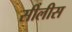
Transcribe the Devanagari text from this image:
सीलीस